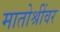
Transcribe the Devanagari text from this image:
मातोश्रींवर